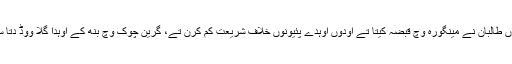
جدوں طالبان نے مینگورہ وچ قبضہ کیتا تے اودوں اوہدے پئیونوں خلاف شریعت کم کرن تے، گرین چوک وچ بنھ کے اوہدا گلا ووڈ دتا سی ۔